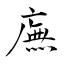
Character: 廡